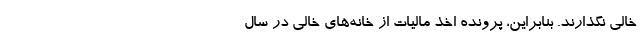
خالی نگذارند. بنابراین، پرونده اخذ مالیات از خانه‌های خالی در سال